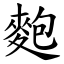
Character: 麭